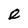
Character: e